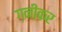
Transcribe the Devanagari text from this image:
ग़नीकर